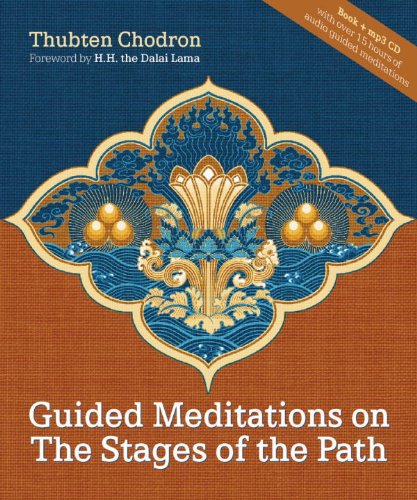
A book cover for Guided Meditations on the Stages of the Path (with 15 hour mp3 meditation CD); Thubten Chodron; Religion & Spirituality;